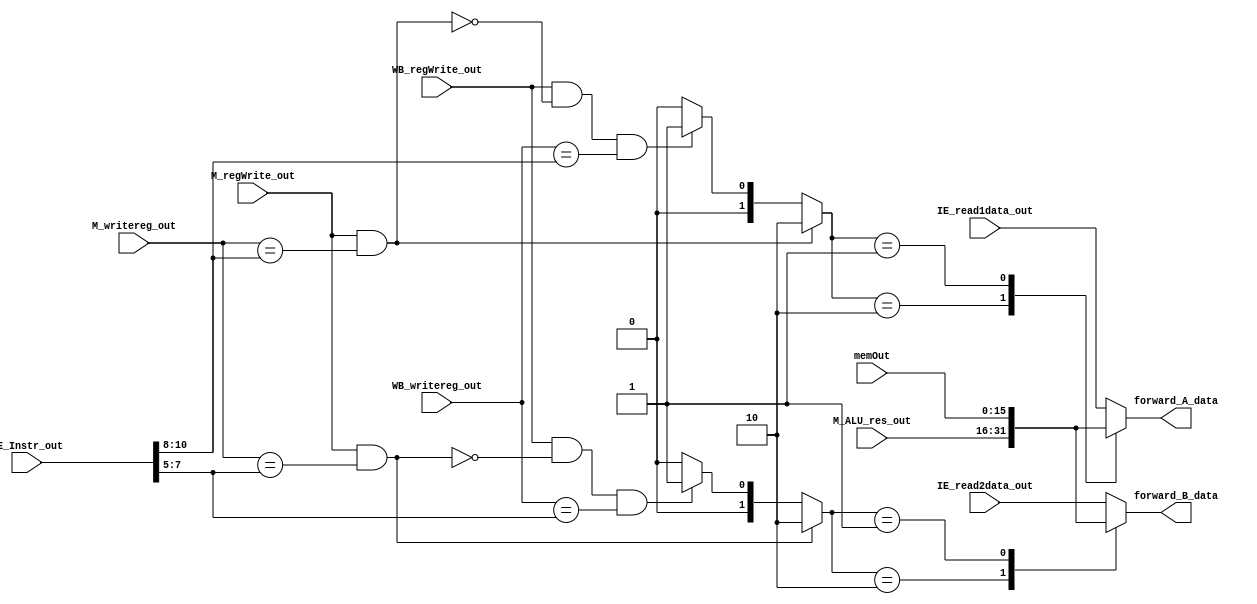
module forwarding (IE_Instr_out, IE_read1data_out, IE_read2data_out,
			M_regWrite_out, M_writereg_out, M_ALU_res_out,
			WB_regWrite_out, WB_writereg_out, memOut,
			forward_A_data, forward_B_data);

	// Forwarding: EX/MEM
	input M_regWrite_out;
	
	input [2:0] M_writereg_out;

	input [15:0] IE_Instr_out, M_ALU_res_out;

	wire [1:0] forward_A;

        // Forwarind: MEM/WB
	input WB_regWrite_out;

	input [2:0] WB_writereg_out;
	
	input [15:0] memOut;

	wire [1:0] forward_B;

	//No forwarding
	input [15:0] IE_read1data_out, IE_read2data_out;

	//outputs to EX stage
	output reg [15:0] forward_A_data, forward_B_data;

	//2'b10 for EX/MEM hazard, 2'b01 for MEM/WB hazard
	assign forward_A = M_regWrite_out && (M_writereg_out == IE_Instr_out[10:8]) ? 2'b10
			   : (WB_regWrite_out && !(M_regWrite_out && (M_writereg_out == IE_Instr_out[10:8])) && (WB_writereg_out == IE_Instr_out[10:8])) ? 2'b01 : 2'b00;
			   //M_regWrite_out && ((M_writereg_out != 3'b000) && (M_writereg_out == IE_Instr_out[10:8])) ? 2'b10 
			   //: (WB_regWrite_out && (WB_writereg_out != 3'b000) && !(M_regWrite_out && (M_writereg_out != 3'b000) && (M_writereg_out == IE_Instr_out[10:8])) && (WB_writereg_out == IE_Instr_out[10:8])) ? 2'b01 : 2'b00; 			   
			//: WB_regWrite_out && ((WB_writereg_out != 3'b000) && (M_writereg_out != IE_Instr_out[10:8]) && (WB_writereg_out == IE_Instr_out[10:8])) ? 2'b01 : 2'b00; 

	assign forward_B = M_regWrite_out && (M_writereg_out == IE_Instr_out[7:5]) ? 2'b10 
			   : (WB_regWrite_out && !(M_regWrite_out && (M_writereg_out == IE_Instr_out[7:5])) && (WB_writereg_out == IE_Instr_out[7:5])) ? 2'b01 : 2'b00;
			   //: WB_regWrite_out && ((WB_writereg_out != 3'b000) && (M_writereg_out != IE_Instr_out[7:5]) && (WB_writereg_out == IE_Instr_out[7:5])) ? 2'b01 : 2'b00; 
			   //: (WB_regWrite_out && (WB_writereg_out != 3'b000) && !(M_regWrite_out && (M_writereg_out != 3'b000) && (M_writereg_out == IE_Instr_out[7:5])) && (WB_writereg_out == IE_Instr_out[7:5])) ? 2'b01 : 2'b00;

	always @ (*) begin
		casex(forward_A)
			2'b10: forward_A_data = M_ALU_res_out;		
			2'b01: forward_A_data = memOut;
			default: forward_A_data = IE_read1data_out;
		endcase	
	end

	always @ (*) begin
		casex(forward_B)
			2'b10: forward_B_data = M_ALU_res_out;		
			2'b01: forward_B_data = memOut;
			default: forward_B_data = IE_read2data_out;
		endcase	
	end

endmodule